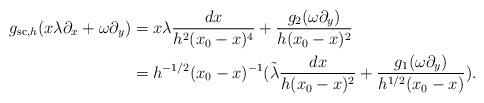
LaTeX: \begin{align*}g_{\mathrm{sc},h}(x\lambda \partial_x + \omega\partial_y) & = x\lambda \frac{dx}{h^2(x_0-x)^4}+\frac{g_2(\omega\partial_y)}{h(x_0-x)^2}\\& = h^{-1/2}(x_0-x)^{-1}(\tilde{\lambda}\frac{dx}{h(x_0-x)^2} + \frac{g_1(\omega\partial_y)}{h^{1/2}(x_0-x)}).\end{align*}